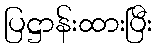
ပြဋ္ဌာန်းထားပြီး